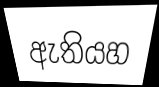
ඇතියහ